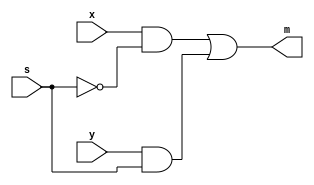
`timescale 1ns / 1ps
//////////////////////////////////////////////////////////////////////////////////
// Company: 
// Engineer: 
// 
// Design Name: 
// Module Name: lab1_1_1
// Project Name: 
// Target Devices: 
// Tool Versions: 
// Description: 
// 
// Dependencies: 
// 
// Revision:
// Revision 0.01 - File Created
// Additional Comments:
// 
//////////////////////////////////////////////////////////////////////////////////


module lab1_1_1(
    input x,
    input y,
    input s,
    output m
    );
    
    wire out1, out2, outN;
    not A0(outN, s);
    and A1(out1, x, outN);
    and A2(out2, y, s);
    or A3(m, out1, out2);
    
endmodule